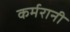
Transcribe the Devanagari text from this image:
कर्मरानी